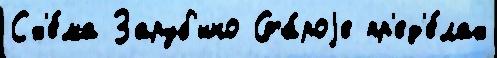
Сх'е́ма Заруб'ино Ста́роjе пр'ед'е́лах